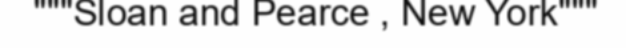
"""Sloan and Pearce , New York"""